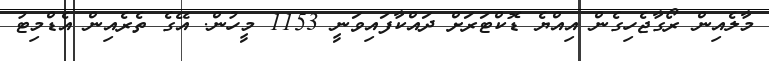
މާލެއިން ރޯގާޖެހިގެން އިއްޔެ ޑޮކްޓަރަށް ދައްކާފައިވަނީ 1153 މީހުން. އޭގެ ތެރެއިން އެޑްމިޓު